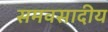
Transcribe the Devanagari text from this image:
समवसादीय